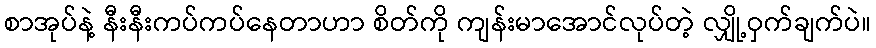
စာအုပ်နဲ့ နီးနီးကပ်ကပ်နေတာဟာ စိတ်ကို ကျန်းမာအောင်လုပ်တဲ့ လျှို့ဝှက်ချက်ပဲ။